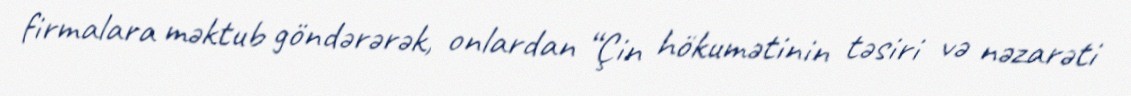
firmalara məktub göndərərək, onlardan “Çin hökumətinin təsiri və nəzarəti